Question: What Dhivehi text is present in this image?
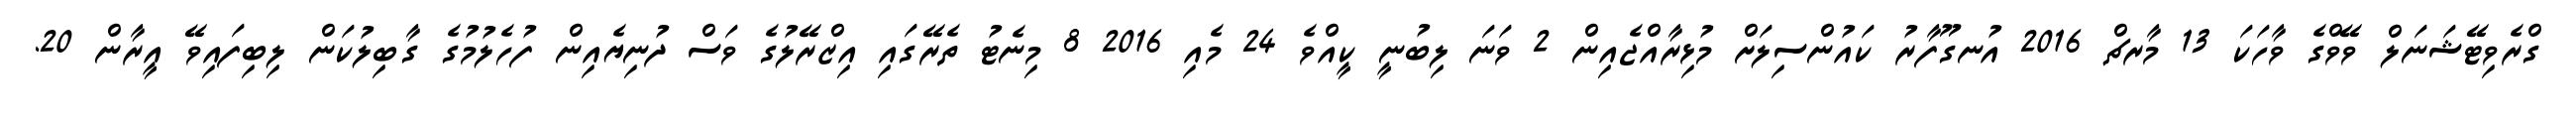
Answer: ގްރެވިޓޭޝަނަލް ވޭވްގެ ވާހަކަ 13 މާރޗް 2016 އުނގޫފާރު ކައުންސިލަށް މުޅިރާއްޖެއިން 2 ވަނަ ލިބުނީ ކީއްވެ 24 މެއި 2016 8 މިނެޓު ތެރޭގައި އިޒްރޭލުގެ ވަސް ދުނިޔެއިން ފުހެލުމުގެ ގާބިލުކަން ލިބިފައިވޭ އީރާން 20.